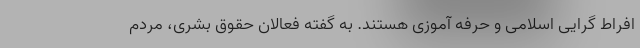
افراط گرایی اسلامی و حرفه آموزی هستند. به گفته فعالان حقوق بشری، مردم